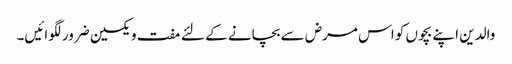
والدین اپنے بچوں کو اس مرض سے بچانے کے لئے مفت ویکسین ضرور لگوائیں۔